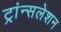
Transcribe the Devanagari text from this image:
ट्रांन्सलेशन